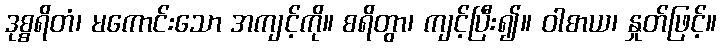
ဒုစ္စရိတံ၊ မကောင်းသော အကျင့်ကို။ စရိတွာ၊ ကျင့်ပြီး၍။ ဝါစာယ၊ နှုတ်ဖြင့်။